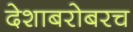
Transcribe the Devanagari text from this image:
देशाबरोबरच